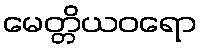
မေတ္တိယဝရော